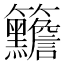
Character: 𥸣